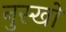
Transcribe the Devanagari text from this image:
नुस्खो